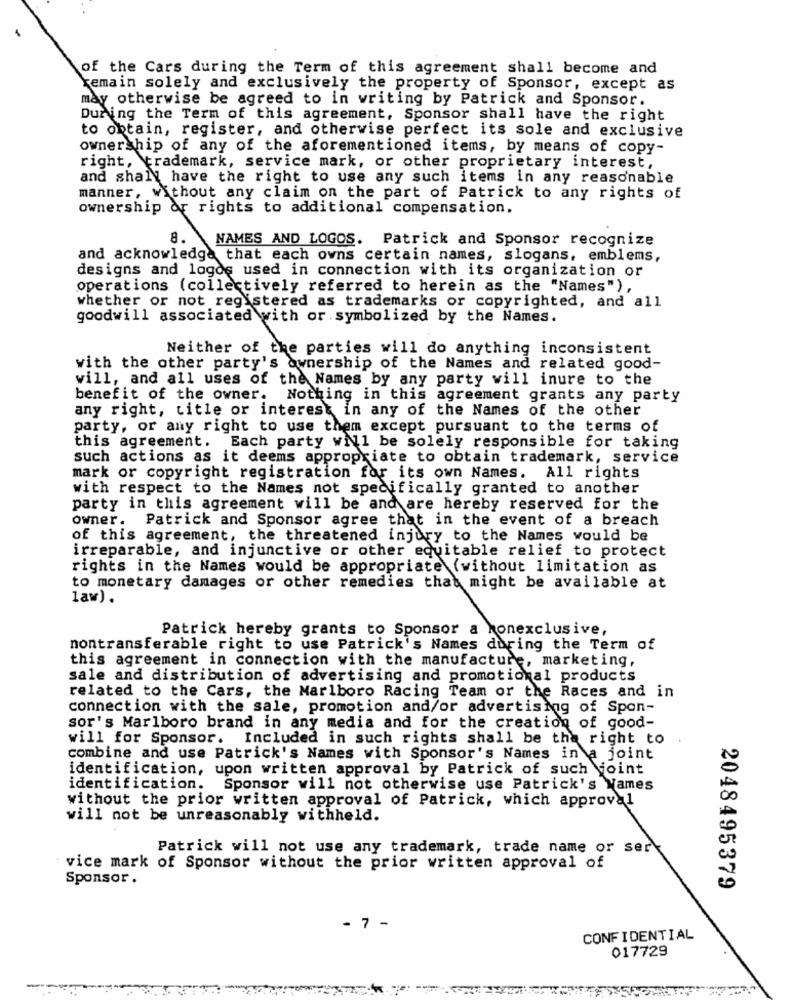
of the Cars during the Term of this agreement shall become and
remain solely and exclusively the property of Sponsor, except as
may otherwise be agreed to in writing by Patrick and Sponsor.
During the Term of this agreement, Sponsor shall have the right
to obtain, register, and otherwise perfect its sole and exclusive
ownership of any of the aforementioned items, by means of copy-
right, trademark, service mark, or other proprietary interest,
and shall have the right to use any such items in any reasonable
manner, without any claim on the part of Patrick to any rights of
ownership of rights to additional compensation.
8.
NAMES AND LOGOS. Patrick and Sponsor recognize
and acknowledge that each owns certain names, slogans, emblems,
designs and logos used in connection with its organization or
operations (collectively referred to herein as the "Names"),
whether or not registered as trademarks or copyrighted, and all
goodwill associated with or symbolized by the Names.
Neither of the parties will do anything inconsistent
with the other party's ownership of the Names and related good-
will, and all uses of the Names by any party will inure to the
benefit of the owner. Nothing in this agreement grants any party
any right, title or interest in any of the Names of the other
party, or any right to use them except pursuant to the terms of
this agreement. Each party will be solely responsible for taking
such actions as it deems appropriate to obtain trademark, service
mark or copyright registration for its own Names. All rights
with respect to the Names not specifically granted to another
party in this agreement will be and are hereby reserved for the
owner. Patrick and Sponsor agree that in the event of a breach
of this agreement, the threatened injury to the Names would be
irreparable, and injunctive or other equitable relief to protect
rights in the Names would be appropriate (without limitation as
to monetary damages or other remedies that might be available at
law).
Patrick hereby grants to Sponsor a honexclusive,
nontransferable right to use Patrick's Names during the Term of
this agreement in connection with the manufacture, marketing,
sale and distribution of advertising and promotional products
related to the Cars, the Marlboro Racing Team or the Races and in
connection with the sale, promotion and/or advertising of Spon-
sor's Marlboro brand in any media and for the creation of good-
will for Sponsor. Included in such rights shall be the right to
combine and use Patrick's Names with Sponsor's Names in a joint
identification, upon written approval by Patrick of such joint
identification. Sponsor will not otherwise use Patrick's Names
without the prior written approval of Patrick, which approval
will not be unreasonably withheld.
Patrick will not use any trademark, trade name or serk
vice mark of Sponsor without the prior written approval of
Sponsor.
2048495379
- 7 -
CONFIDENTIAL
017729
--